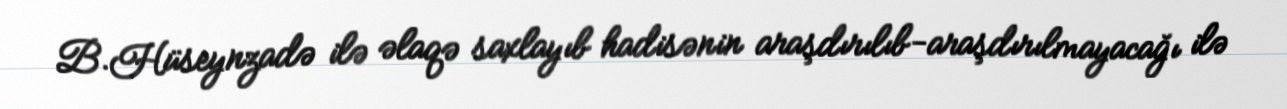
B.Hüseynzadə ilə əlaqə saxlayıb hadisənin araşdırılıb-araşdırılmayacağı ilə